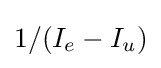
1/(I_{e}-I_{u})